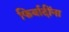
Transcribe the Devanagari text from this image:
फिर्यादींना